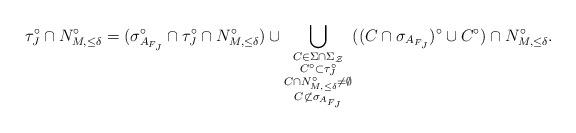
LaTeX: \begin{align*}\tau_J^\circ \cap N_{M, \leq \delta}^\circ = (\sigma_{A_{F_J}}^{\circ} \cap \tau_J^\circ \cap N_{M, \leq \delta}^\circ) \cup \bigcup_{\substack{C \in \Sigma \cap \Sigma_{\mathcal{Z}} \\ C^\circ \subset \tau_J^\circ \\ C \cap N_{M, \leq \delta}^\circ \not= \emptyset \\ C \not \subset \sigma_{A_{F_J}}}}((C \cap \sigma_{A_{F_J}})^\circ \cup C^\circ) \cap N_{M, \leq \delta}^\circ.\end{align*}